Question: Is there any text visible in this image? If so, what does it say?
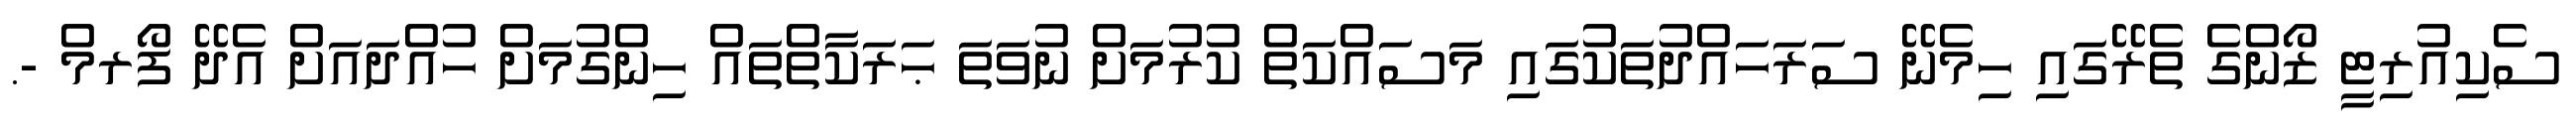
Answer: ސެކިއުރިޓީ ޒޯންގެ ތެރޭގައި ހިމެނޭ ސަރަހައްދުތަކުގައި މަސައްކަތް ކުރުމަށް ނުވަތަ ޙަރަކާތްތައް ހިންގުމަށް ހުއްދައަށް އެދޭ ފޯރމް -.